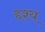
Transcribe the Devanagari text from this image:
द्दश्य